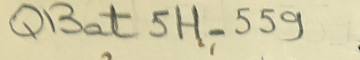
QBat 5H-559